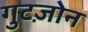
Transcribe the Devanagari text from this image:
गुटज़ोन